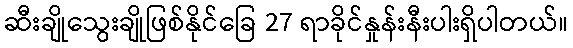
ဆီးချိုသွေးချိုဖြစ်နိုင်ခြေ 27 ရာခိုင်နှုန်းနီးပါးရှိပါတယ်။